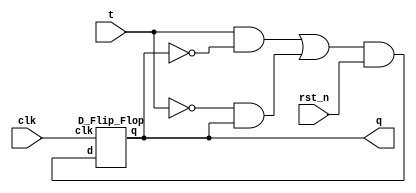
`timescale 1ns/1ps

module Toggle_Flip_Flop(clk, q, t, rst_n);
input clk;
input t;
input rst_n;
output q;

wire n_q, n_t;
wire t_nq, nt_q;
wire xor_result, d;
//xor_result = t xor q = t'q + tq'
not n0(n_q, q);
not n1(n_t, t);
and a0(t_nq, t, n_q);
and a1(nt_q, n_t, q);
or o0(xor_result, t_nq, nt_q);

// xor_result and rst_n

and a2(d, xor_result, rst_n);
D_Flip_Flop d0(clk, d, q);
endmodule

module D_Flip_Flop(clk, d, q);
input clk;
input d;
output q;
wire n_clk, q0;
not n0(n_clk, clk);
D_Latch d0(n_clk, d, q0);
D_Latch d1(clk, q0, q);

endmodule

module D_Latch(clk, d, q);
input clk;
input d;
output q;
wire n_q, n_d, q_temp;
wire [3:0] nand_gate;
not n0(n_d, d);

nand na0(nand_gate[0], d, clk);
nand na1(nand_gate[1], n_d, clk);
nand na2(nand_gate[2], nand_gate[3], nand_gate[0]);
nand na3(nand_gate[3], nand_gate[2], nand_gate[1]);
and a0(q, nand_gate[2], nand_gate[2]);

endmodule